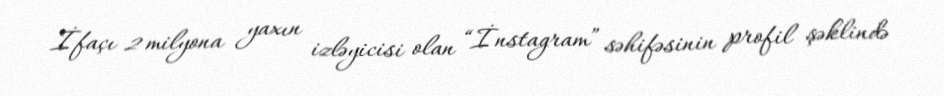
İfaçı 2 milyona yaxın izləyicisi olan “İnstagram” səhifəsinin profil şəklində